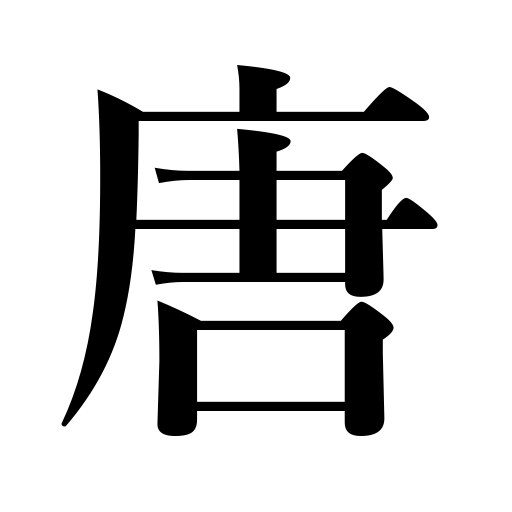
Meanings: Korean,foreign countries,China,Korea,Chinese,Foreign countries,Cathay,Foreign,Tang dynasty